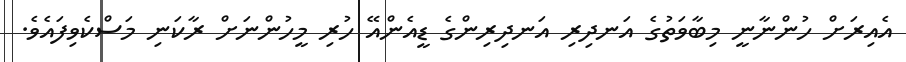
އެއިރަށް ހުންނާނީ މިބާވަތުގެ އަނދިރި އަނދިރިންގެ ޑީއެންއޭ ހުރި މީހުންނަށް ރާކަނި މަސްކެވިފައެވެ.